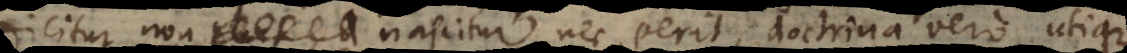
dicitur non nascitur nec perit, doctrina vero utique.